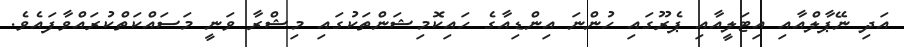
އަދި ނޭޕާލްއާއި އިޓަލީއާއި ޕެރޫގައި ހުންނަ އިންޑިއާގެ ހައިކޮމިޝަންތަކުގައި މިޝްރާ ވަނީ މަސައްކަތްކުރައްވާފައެވެ.